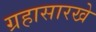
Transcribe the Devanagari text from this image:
ग्रहासारखे